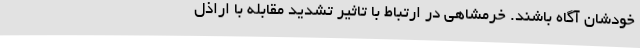
خودشان آگاه باشند. خرمشاهی در ارتباط با تاثیر تشدید مقابله با اراذل